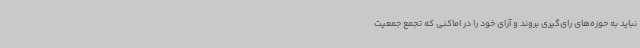
نباید به حوزه‌های رای‌گیری بروند و آرای خود را در اماکنی که تجمع جمعیت